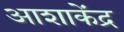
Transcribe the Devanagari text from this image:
आशाकेंद्र